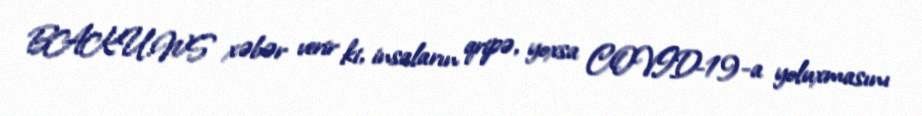
BAKU.WS xəbər verir ki, insaların qripə, yoxsa COVID-19-a yoluxmasını